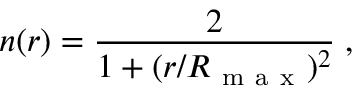
n ( r ) = \frac { 2 } { 1 + ( r / R _ { \mathrm { ~ m ~ a ~ x ~ } } ) ^ { 2 } } \; ,